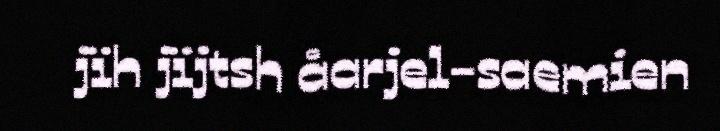
jïh jïjtsh åarjel-saemien